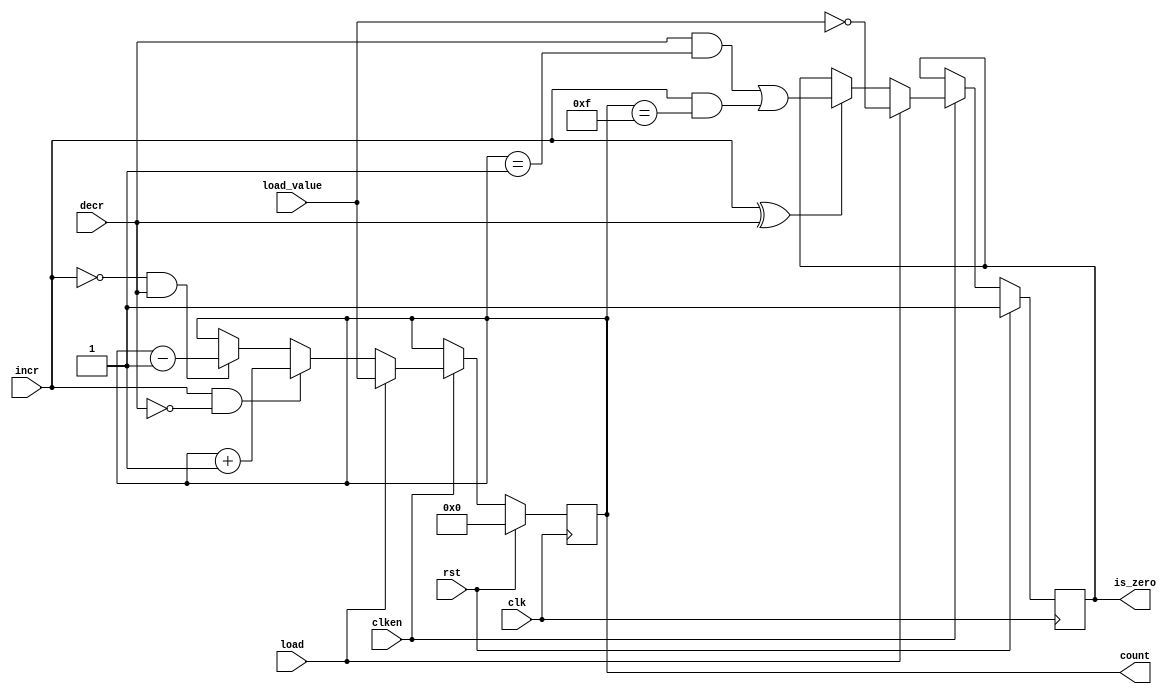
`timescale 1ps/1ps

module krnl_rtl_axi_counter  #(
  parameter integer C_WIDTH  = 4,
  parameter [C_WIDTH-1:0] C_INIT = {C_WIDTH{1'b0}}
)
( 
  input                 clk,
  input                 clken,
  input                 rst,
  input                 load,
  input                 incr,
  input                 decr,
  input   [C_WIDTH-1:0] load_value,
  output  [C_WIDTH-1:0] count,
  output                is_zero
);

  localparam [C_WIDTH-1:0] LP_ZERO = {C_WIDTH{1'b0}};
  localparam [C_WIDTH-1:0] LP_ONE = {{C_WIDTH-1{1'b0}},1'b1};
  localparam [C_WIDTH-1:0] LP_MAX = {C_WIDTH{1'b1}};

  reg [C_WIDTH-1:0] count_r = C_INIT;
  reg   is_zero_r = (C_INIT == LP_ZERO);

  assign count = count_r;

  always @(posedge clk) begin 
    if (rst) begin 
      count_r <= C_INIT;
    end
    else if (clken) begin 
      if (load) begin
        count_r <= load_value; 
      end
      else if (incr & ~decr) begin
        count_r <= count_r + 1'b1;
      end
      else if (~incr & decr) begin 
        count_r <= count_r - 1'b1;
      end
      else 
        count_r <= count_r;
    end
  end

  assign is_zero = is_zero_r;

  always @(posedge clk) begin 
    if (rst) begin 
      is_zero_r <= (C_INIT == LP_ZERO);
    end
    else if (clken) begin 
      if (load) begin 
        is_zero_r <= (load_value == LP_ZERO);
      end
      else begin
        is_zero_r <= incr ^ decr ? (decr && (count_r == LP_ONE)) || (incr && (count_r == LP_MAX)) : is_zero_r;
      end
    end
    else begin
      is_zero_r <= is_zero_r;
    end
  end


endmodule